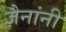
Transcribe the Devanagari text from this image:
जैनांनी